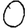
Digit: 0